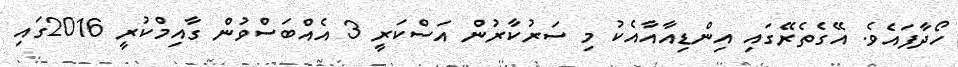
ހޯދާފައެވެ. އޭގެތެރޭގައި އިންޑިއާއާއެކު މި ސަރުކާރުން އަސްކަރީ 3 އެއްބަސްވުން ގާއިމްކުރީ 2016ގައި